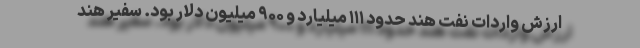
ارزش واردات نفت هند حدود ۱۱۱ میلیارد و ۹۰۰ میلیون دلار بود. سفیر هند